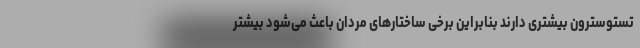
تستوسترون بیشتری دارند بنابراین برخی ساختارهای مردان باعث می‌شود بیشتر